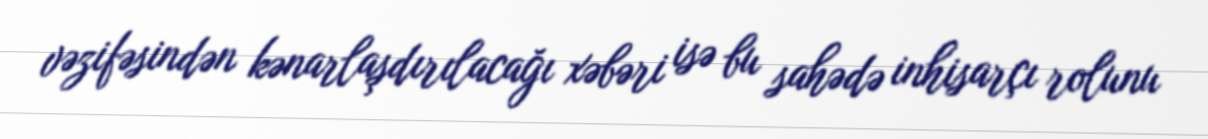
vəzifəsindən kənarlaşdırılacağı xəbəri isə bu sahədə inhisarçı rolunu